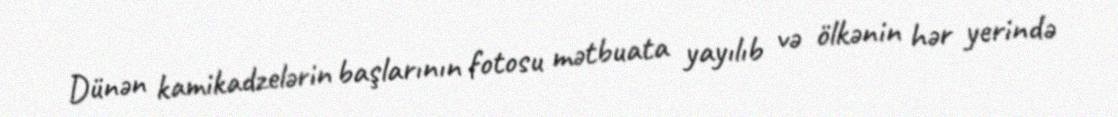
Dünən kamikadzelərin başlarının fotosu mətbuata yayılıb və ölkənin hər yerində